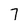
Character: 7